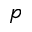
p